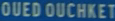
OUEDOUCHKET